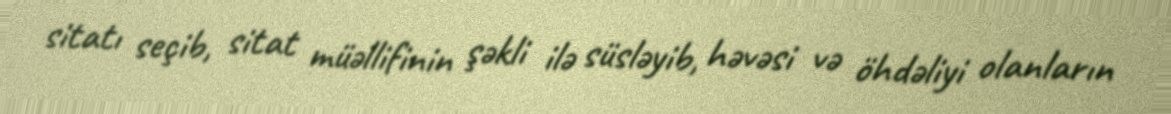
sitatı seçib, sitat müəllifinin şəkli ilə süsləyib, həvəsi və öhdəliyi olanların